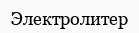
Электролитер